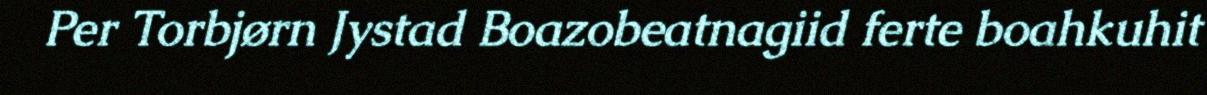
Per Torbjørn Jystad Boazobeatnagiid ferte boahkuhit